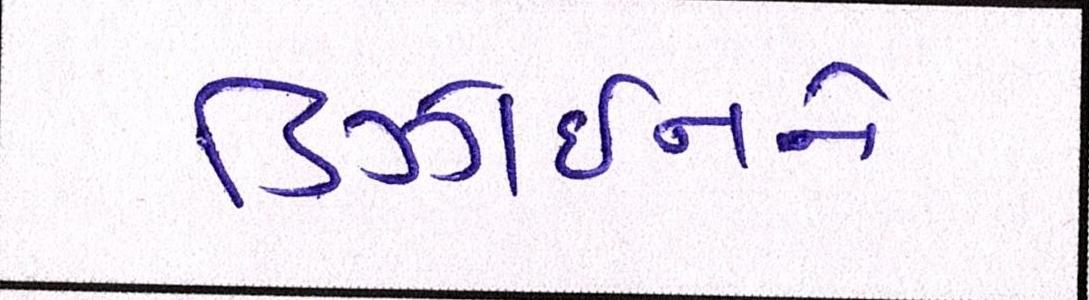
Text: ડિઝાઈનને